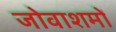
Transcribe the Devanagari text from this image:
जोवाशमों